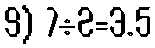
9) 7÷2=3.5